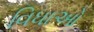
વિધાઓ